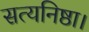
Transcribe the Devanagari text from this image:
सत्यनिष्ठा।